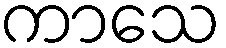
ကာသေ